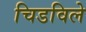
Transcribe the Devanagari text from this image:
चिडविले